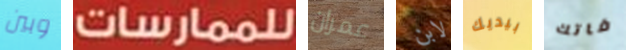
وبين للممارسات عمران لابن بيديك فاتك